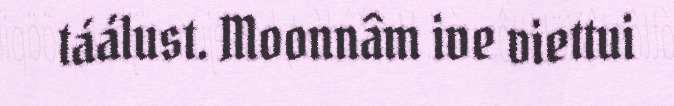
táálust. Moonnâm ive viettui